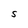
Character: S